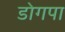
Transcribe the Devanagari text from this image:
डोगपा